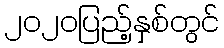
၂၀၂၀ပြည့်နှစ်တွင်